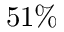
5 1 \%